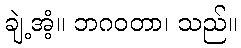
ချဲ့အံ့။ ဘဂဝတာ၊ သည်။